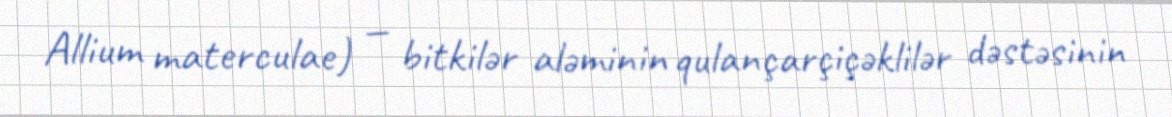
Allium materculae) — bitkilər aləminin qulançarçiçəklilər dəstəsinin